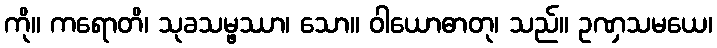
ကို။ ကရောတိ၊ သုခသမ္ဖဿာ၊ သော။ ဝါယောဓာတု၊ သည်။ ဥဏှသမယေ၊